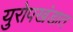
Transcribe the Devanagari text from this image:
युरोपखंडात